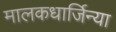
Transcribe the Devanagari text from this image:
मालकधार्जिन्या